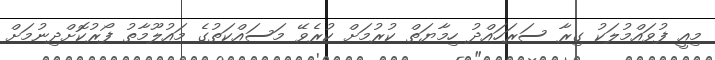
މިއީ ފުވައްމުލަކު ގިރާ ސަރަހައްދު ހިމާޔަތް ކުރުމަށް ކުރެވޭ މަސައްކަތުގެ މައުލޫމާތު ފޯރުކޮށްދިނުމަށް